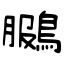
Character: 鵩